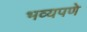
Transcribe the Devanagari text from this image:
भव्यपणे